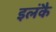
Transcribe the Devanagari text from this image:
इलंकै